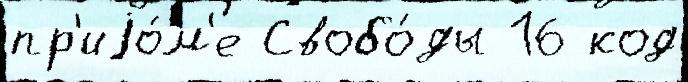
пр'иjо́м'е Свобо́ды 16 код